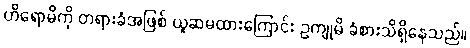
ဟိရောမိကို တရားခံအဖြစ် ယူဆမထားကြောင်း ဥကျုမိ ခံစားသိရှိနေသည်။